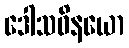
ဒေါသဝိနယော